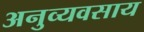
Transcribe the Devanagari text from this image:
अनुव्यवसाय